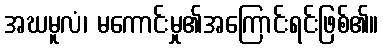
အဃမူလံ၊ မကောင်းမှု၏အကြောင်းရင်းဖြစ်၏။